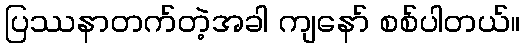
ပြဿနာတက်တဲ့အခါ ကျနော် စစ်ပါတယ်။